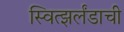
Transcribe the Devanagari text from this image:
स्वित्झर्लंडाची